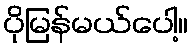
ပိုမြန်မယ်ပေါ့။